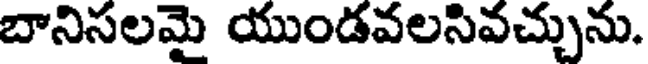
బానిసలమై యుండవలసివచ్చును.